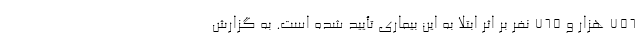
۷۵۶ هزار و ۷۶۵ نفر بر اثر ابتلا به این بیماری تأیید شده است. به گزارش